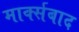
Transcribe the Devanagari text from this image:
मार्क्सबाद